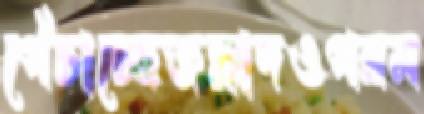
পেঁচাচ্ছেজল্লাদওপরম